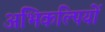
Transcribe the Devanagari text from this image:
अभिकल्पियों